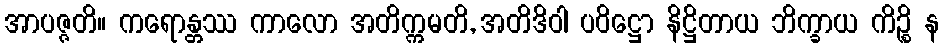
အာပဇ္ဇတိ။ ကရောန္တဿ ကာလော အတိက္ကမတိ, အတိဒိဝါ ပဝိဋ္ဌော နိဋ္ဌိတာယ ဘိက္ခာယ ကိဉ္စိ န